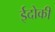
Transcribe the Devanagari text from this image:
ईदोकी